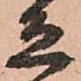
急